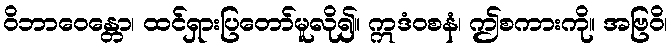
ဝိဘာဝေန္တော၊ ထင်ရှားပြတော်မူလို၍။ ဣဒံဝစနံ၊ ဤစကားကို။ အဗြဝိ၊